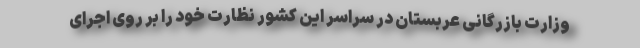
وزارت بازرگانی عربستان در سراسر این کشور نظارت خود را بر روی اجرای